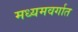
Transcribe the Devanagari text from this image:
मध्यमवर्गात